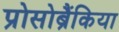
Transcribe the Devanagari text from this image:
प्रोसोब्रैंकिया